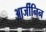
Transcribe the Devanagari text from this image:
आर्जीनिन